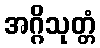
အဂ္ဂိသုတ္တံ